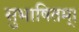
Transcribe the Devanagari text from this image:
सुभाषितम्।